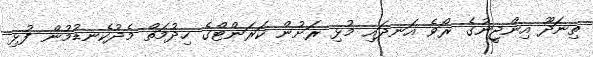
ތިނަދޫ އިންޖީނުގެ ރޯވެ އަނދައި މުޅި ރަށުން ކަރަންޓްގެ ހިދުމަތް މެދުކެނޑުމުން ފުޅި